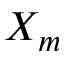
X _ { m }